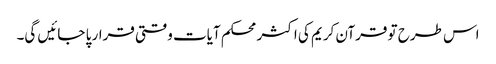
اس طرح تو قرآن کریم کی اکثر محکم آیات وقتی قرار پا جائیں گی۔